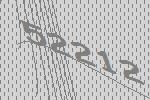
52212